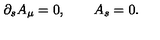
\partial _ { s } A _ { \mu } = 0 , \qquad A _ { s } = 0 .